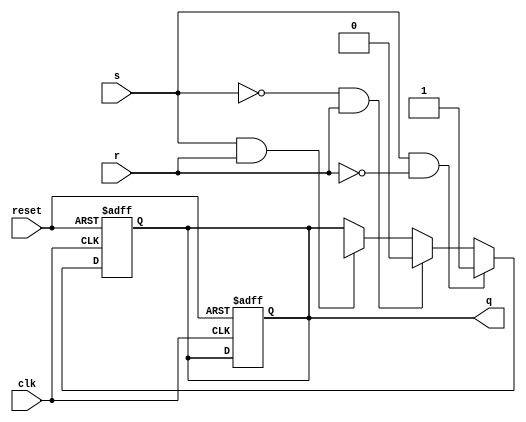
module sr_flip_flop (
    input wire clk,
    input wire reset,
    input wire s,
    input wire r,
    output reg q
);

reg master_latch;
reg slave_latch;

always @(posedge clk or posedge reset) begin
    if (reset) begin
        master_latch <= 1'b0;
        slave_latch <= 1'b0;
        q <= 1'b0;
    end else begin
        if (s && !r) begin
            master_latch <= 1'b1;
            slave_latch <= 1'b1;
        end else if (!s && r) begin
            master_latch <= 1'b0;
            slave_latch <= 1'b0;
        end else if (s && r) begin
            master_latch <= 1'bX;
            slave_latch <= 1'bX;
        end
    end
end

assign q = slave_latch;

endmodule